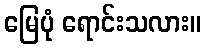
မြေပုံ ရောင်းသလား။